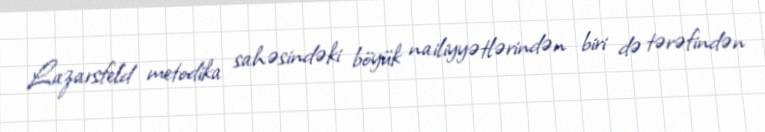
Lazarsfeld metodika sahəsindəki böyük nailiyyətlərindən biri də tərəfindən